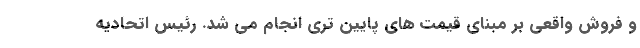
و فروش واقعی بر مبنای قیمت های پایین تری انجام می شد. رئیس اتحادیه